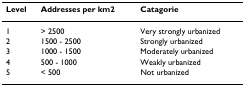
<table><thead><tr><td><b>Level</b></td><td><b>Addresses per km2</b></td><td><b>Catagorie</b></td></tr></thead><tbody><tr><td>1</td><td>&gt; 2500</td><td>Very strongly urbanized</td></tr><tr><td>2</td><td>1500 - 2500</td><td>Strongly urbanized</td></tr><tr><td>3</td><td>1000 - 1500</td><td>Moderately urbanized</td></tr><tr><td>4</td><td>500 - 1000</td><td>Weakly urbanized</td></tr><tr><td>5</td><td>&lt; 500</td><td>Not urbanized</td></tr></tbody></table>